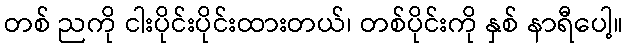
တစ် ညကို ငါးပိုင်းပိုင်းထားတယ်၊ တစ်ပိုင်းကို နှစ် နာရီပေါ့။